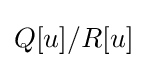
Q[u]/R[u]